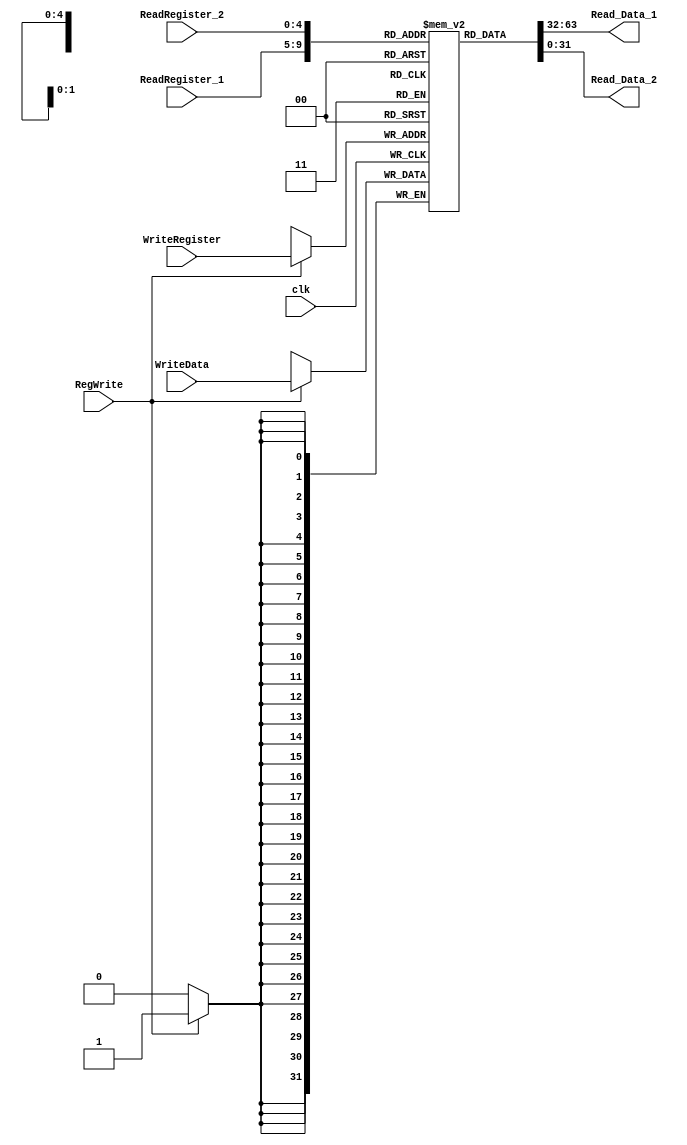
`timescale 1ns / 1ps
//////////////////////////////////////////////////////////////////////////////////
// Company: 
// Engineer: 
// 
// Design Name: 
// Module Name:    Register_File 
// Project Name: 
// Target Devices: 
// Tool versions: 
// Description: 
//
// Dependencies: 
//
// Revision: 
// Revision 0.01 - File Created
// Additional Comments: 
//
//////////////////////////////////////////////////////////////////////////////////
module Register_File(
    input [4:0] ReadRegister_1,
	 output [31:0] Read_Data_1,
    input [4:0] ReadRegister_2,
	 output [31:0] Read_Data_2,
    input [4:0] WriteRegister,
    input [31:0] WriteData,
	 input RegWrite,
	 input clk
    );

	reg [31:0]reg_array[31:0];
	initial begin
		reg_array[0]=0;
	end
	
	assign Read_Data_1 = reg_array[ReadRegister_1];  
   assign Read_Data_2 = reg_array[ReadRegister_2];
	
	always@(posedge clk)begin
		if(RegWrite)
			reg_array[WriteRegister] <= WriteData;
	end
	
endmodule